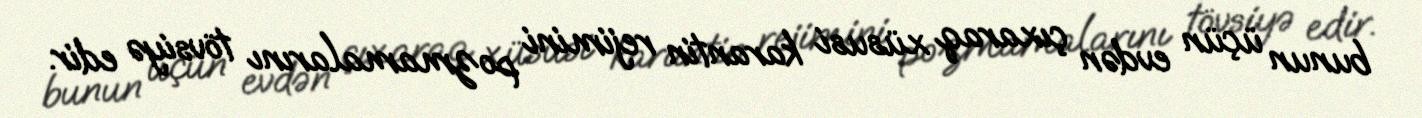
bunun üçün evdən çıxaraq xüsusi karantin rejimini pozmamalarını tövsiyə edir.